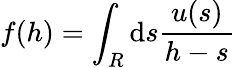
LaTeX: f(h)=\int_{R}\mathrm{d}s\frac{u(s)}{h-s}